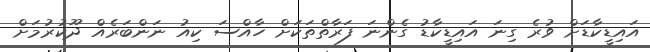
އައިޑީކާޑަށް ވުރެ ގިނަ އައިޑީކާޑު ގެންނަ ފަރާތްތަކަށް ހާއްސަ ކިއު ނަންބަރެއް ދޫކުރުމަށް